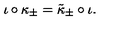
\iota \circ \kappa _ { \pm } = \tilde { \kappa } _ { \pm } \circ \iota .